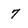
Character: 7